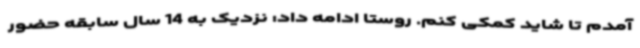
آمدم تا شاید کمکی کنم. روستا ادامه داد: نزدیک به 14 سال سابقه حضور